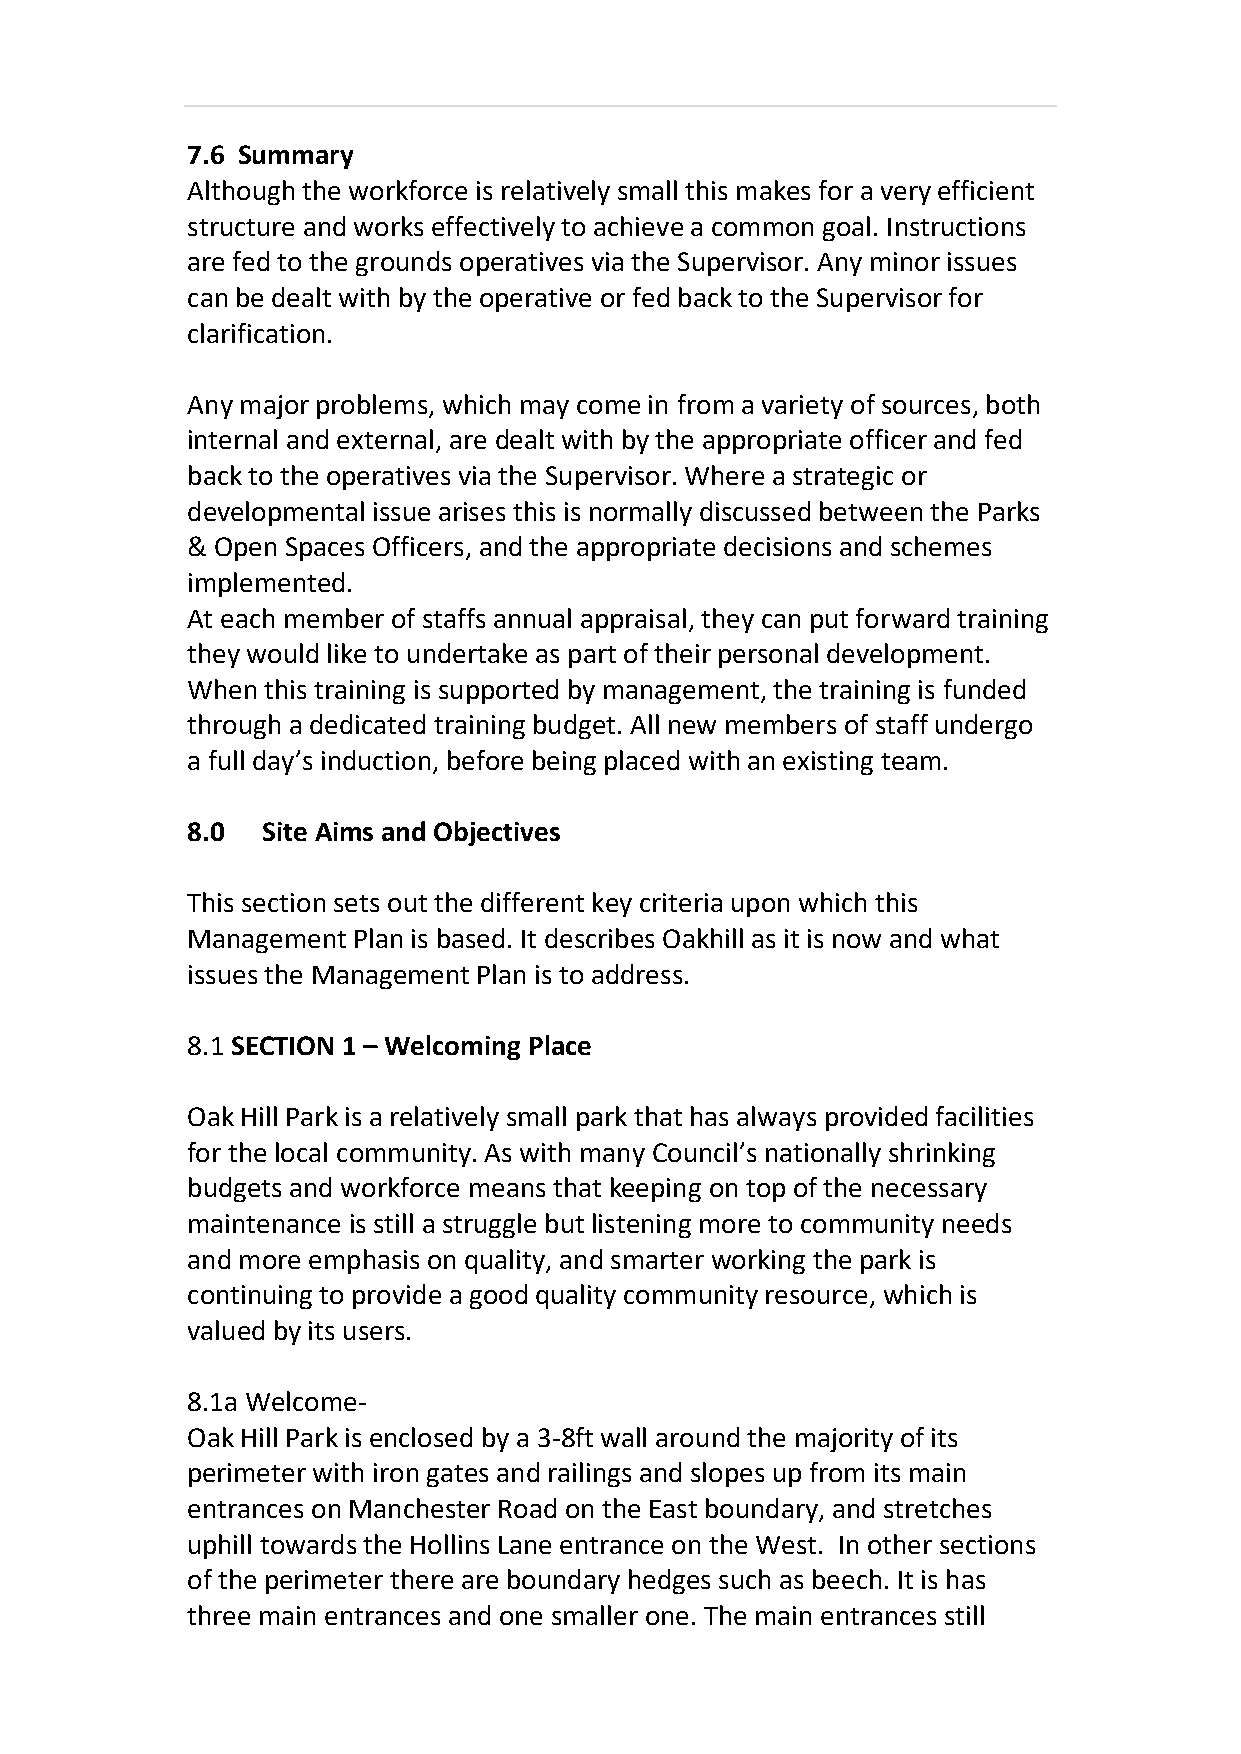
7.6 Summary
 Although the workforce is relatively small this makes for a very efficient
 structure and works effectively to achieve a common goal. Instructions
 are fed to the grounds operatives via the Supervisor. Any minor issues
 can be dealt with by the operative or fed back to the Supervisor for
 clarification.
 Any major problems, which may come in from a variety of sources, both
 internal and external, are dealt with by the appropriate officer and fed
 back to the operatives via the Supervisor. Where a strategic or
 developmental issue arises this is normally discussed between the Parks
 & Open Spaces Officers, and the appropriate decisions and schemes
 implemented.
 At each member of staffs annual appraisal, they can put forward training
 they would like to undertake as part of their personal development.
 When  this training is supported by management, the training is funded
 through a dedicated training budget. All new members of staff undergo
 a full day’s induction, before being placed with an existing team.
 8.0  Site Aims and Objectives
 This section sets out the different key criteria upon which this
 Management Plan is based. It describes Oakhill as it is now and what
 issues the Management Plan is to address.
 8.1 SECTION 1 – Welcoming Place
 Oak Hill Park is a relatively small park that has always provided facilities
 for the local community. As with many Council’s nationally shrinking
 budgets and workforce means that keeping on top of the necessary
 maintenance is still a struggle but listening more to community needs
 and more emphasis on quality, and smarter working the park is
 continuing to provide a good quality community resource, which is
 valued by its users.
 8.1a Welcome-
 Oak Hill Park is enclosed by a 3-8ft wall around the majority of its
 perimeter with iron gates and railings and slopes up from its main
 entrances on Manchester Road on the East boundary, and stretches
 uphill towards the Hollins Lane entrance on the West. In other sections
 of the perimeter there are boundary hedges such as beech. It is has
 three main entrances and one smaller one. The main entrances still